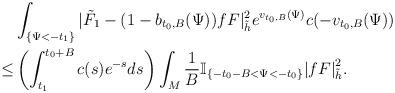
LaTeX: \begin{align*} & \int_{\{\Psi<-t_1\}}|\tilde{F}_1-(1-b_{t_0,B}(\Psi))fF|^2_{\tilde{h}} e^{v_{t_0,B}(\Psi)}c(-v_{t_0,B}(\Psi)) \\ \le &\left(\int_{t_1}^{t_0+B}c(s)e^{-s}ds\right) \int_{M}\frac{1}{B}\mathbb{I}_{\{-t_0-B<\Psi<-t_0\}}{|fF|}^2_{\tilde{h}}.\end{align*}